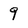
Character: 9